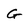
Character: g